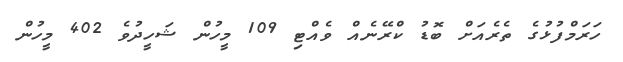
ހަރަމްފުޅުގެ ތެރެއަށް ބޮޑު ކްރޭނެއް ވެއްޓި 109 މީހުން ޝަހީދުވެ 402 މީހުން